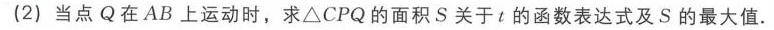
(2) 当点 \(Q\) 在 \(AB\) 上运动时，求\(\triangle CPQ\)的面积 \(S\) 关于 \(t\) 的函数表达式及 \(S\) 的最大值.